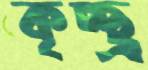
কৃচ্ছ্র